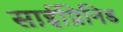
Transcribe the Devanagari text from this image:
साईप्रिनिड